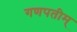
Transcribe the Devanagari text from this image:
गणपतीम्